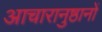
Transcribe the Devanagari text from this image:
आचारानुष्ठानों